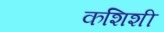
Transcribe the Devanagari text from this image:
कशिशी